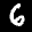
Label: 6